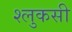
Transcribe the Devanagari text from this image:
श्लुकसी